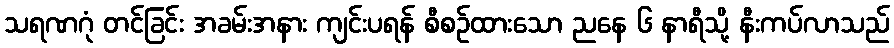
သရဏဂုံ တင်ခြင်း အခမ်းအနား ကျင်းပရန် စီစဉ်ထားသော ညနေ ၆ နာရီသို့ နီးကပ်လာသည်